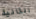
الثانية